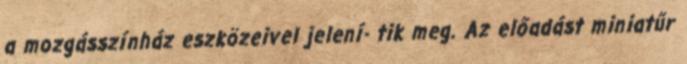
a mozgásszínház eszközeivel jelení- tik meg. Az előadást miniatűr